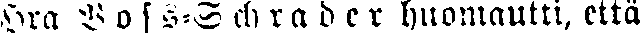
Hra Voss-Schrader huomautti, että